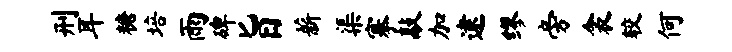
刑耳糖培雨碑旨薪渠搴敲加逮缪旁衾较何